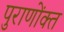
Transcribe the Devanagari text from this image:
पुराणोंक्त